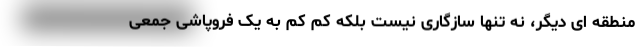
منطقه ای دیگر، نه تنها سازگاری نیست بلکه کم کم به یک فروپاشی جمعی